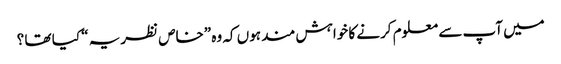
میں آپ سے معلوم کرنے کا خواہش مند ہوں کہ وہ ”خاص نظریہ “ کیا تھا ؟